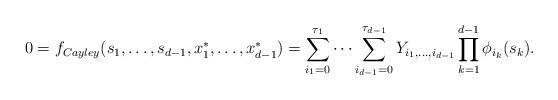
LaTeX: \begin{align*} 0=f_{Cayley}(s_1,\ldots,s_{d-1},x_1^{\ast},\ldots,x_{d-1}^{\ast})= \sum_{i_1=0}^{\tau_1}\cdots\sum_{i_{d-1}=0}^{\tau_{d-1}} Y_{i_1,\ldots,i_{d-1}}\prod_{k=1}^{d-1} \phi_{i_k}(s_k). \end{align*}